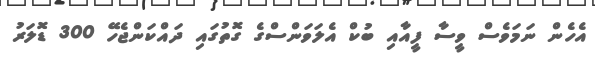
އެހެން ނަމަވެސް ވީސާ ފީއާއި ބުކް އެލަވަންސްގެ ގޮތުގައި ދައްކަންޖެހޭ 300 ޑޮލަރު